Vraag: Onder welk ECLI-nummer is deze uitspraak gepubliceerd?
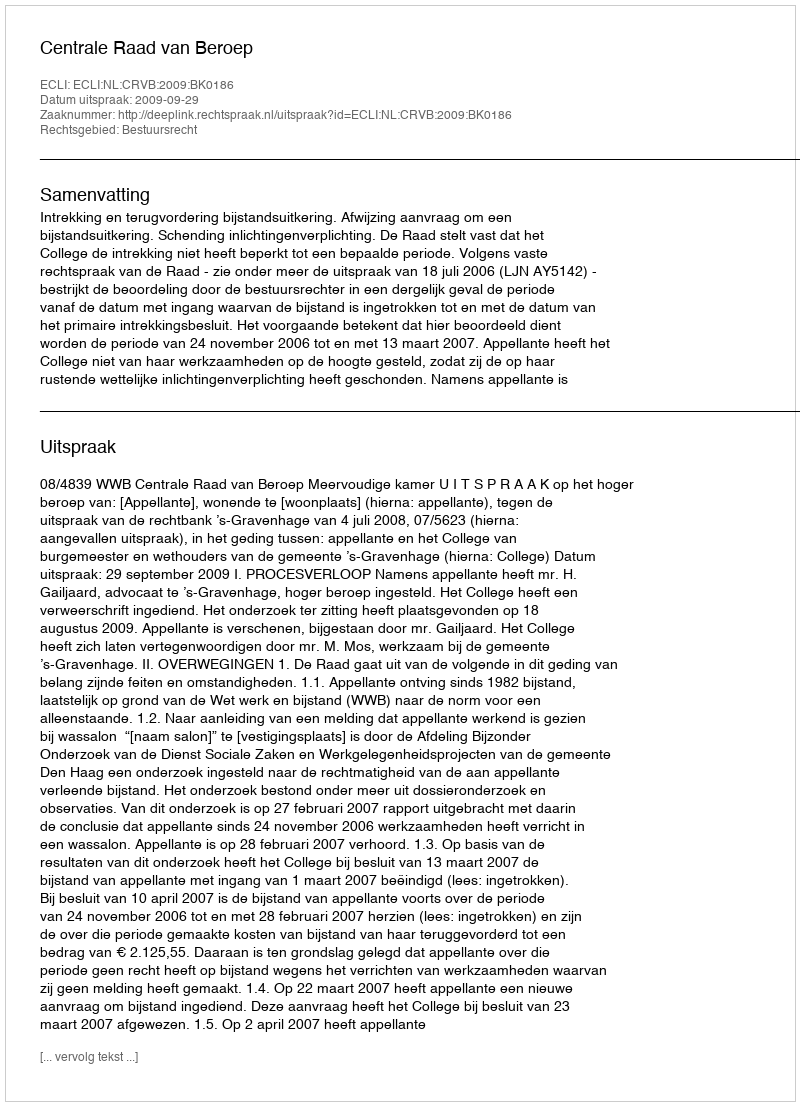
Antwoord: ECLI:NL:CRVB:2009:BK0186